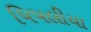
પિપલીયા